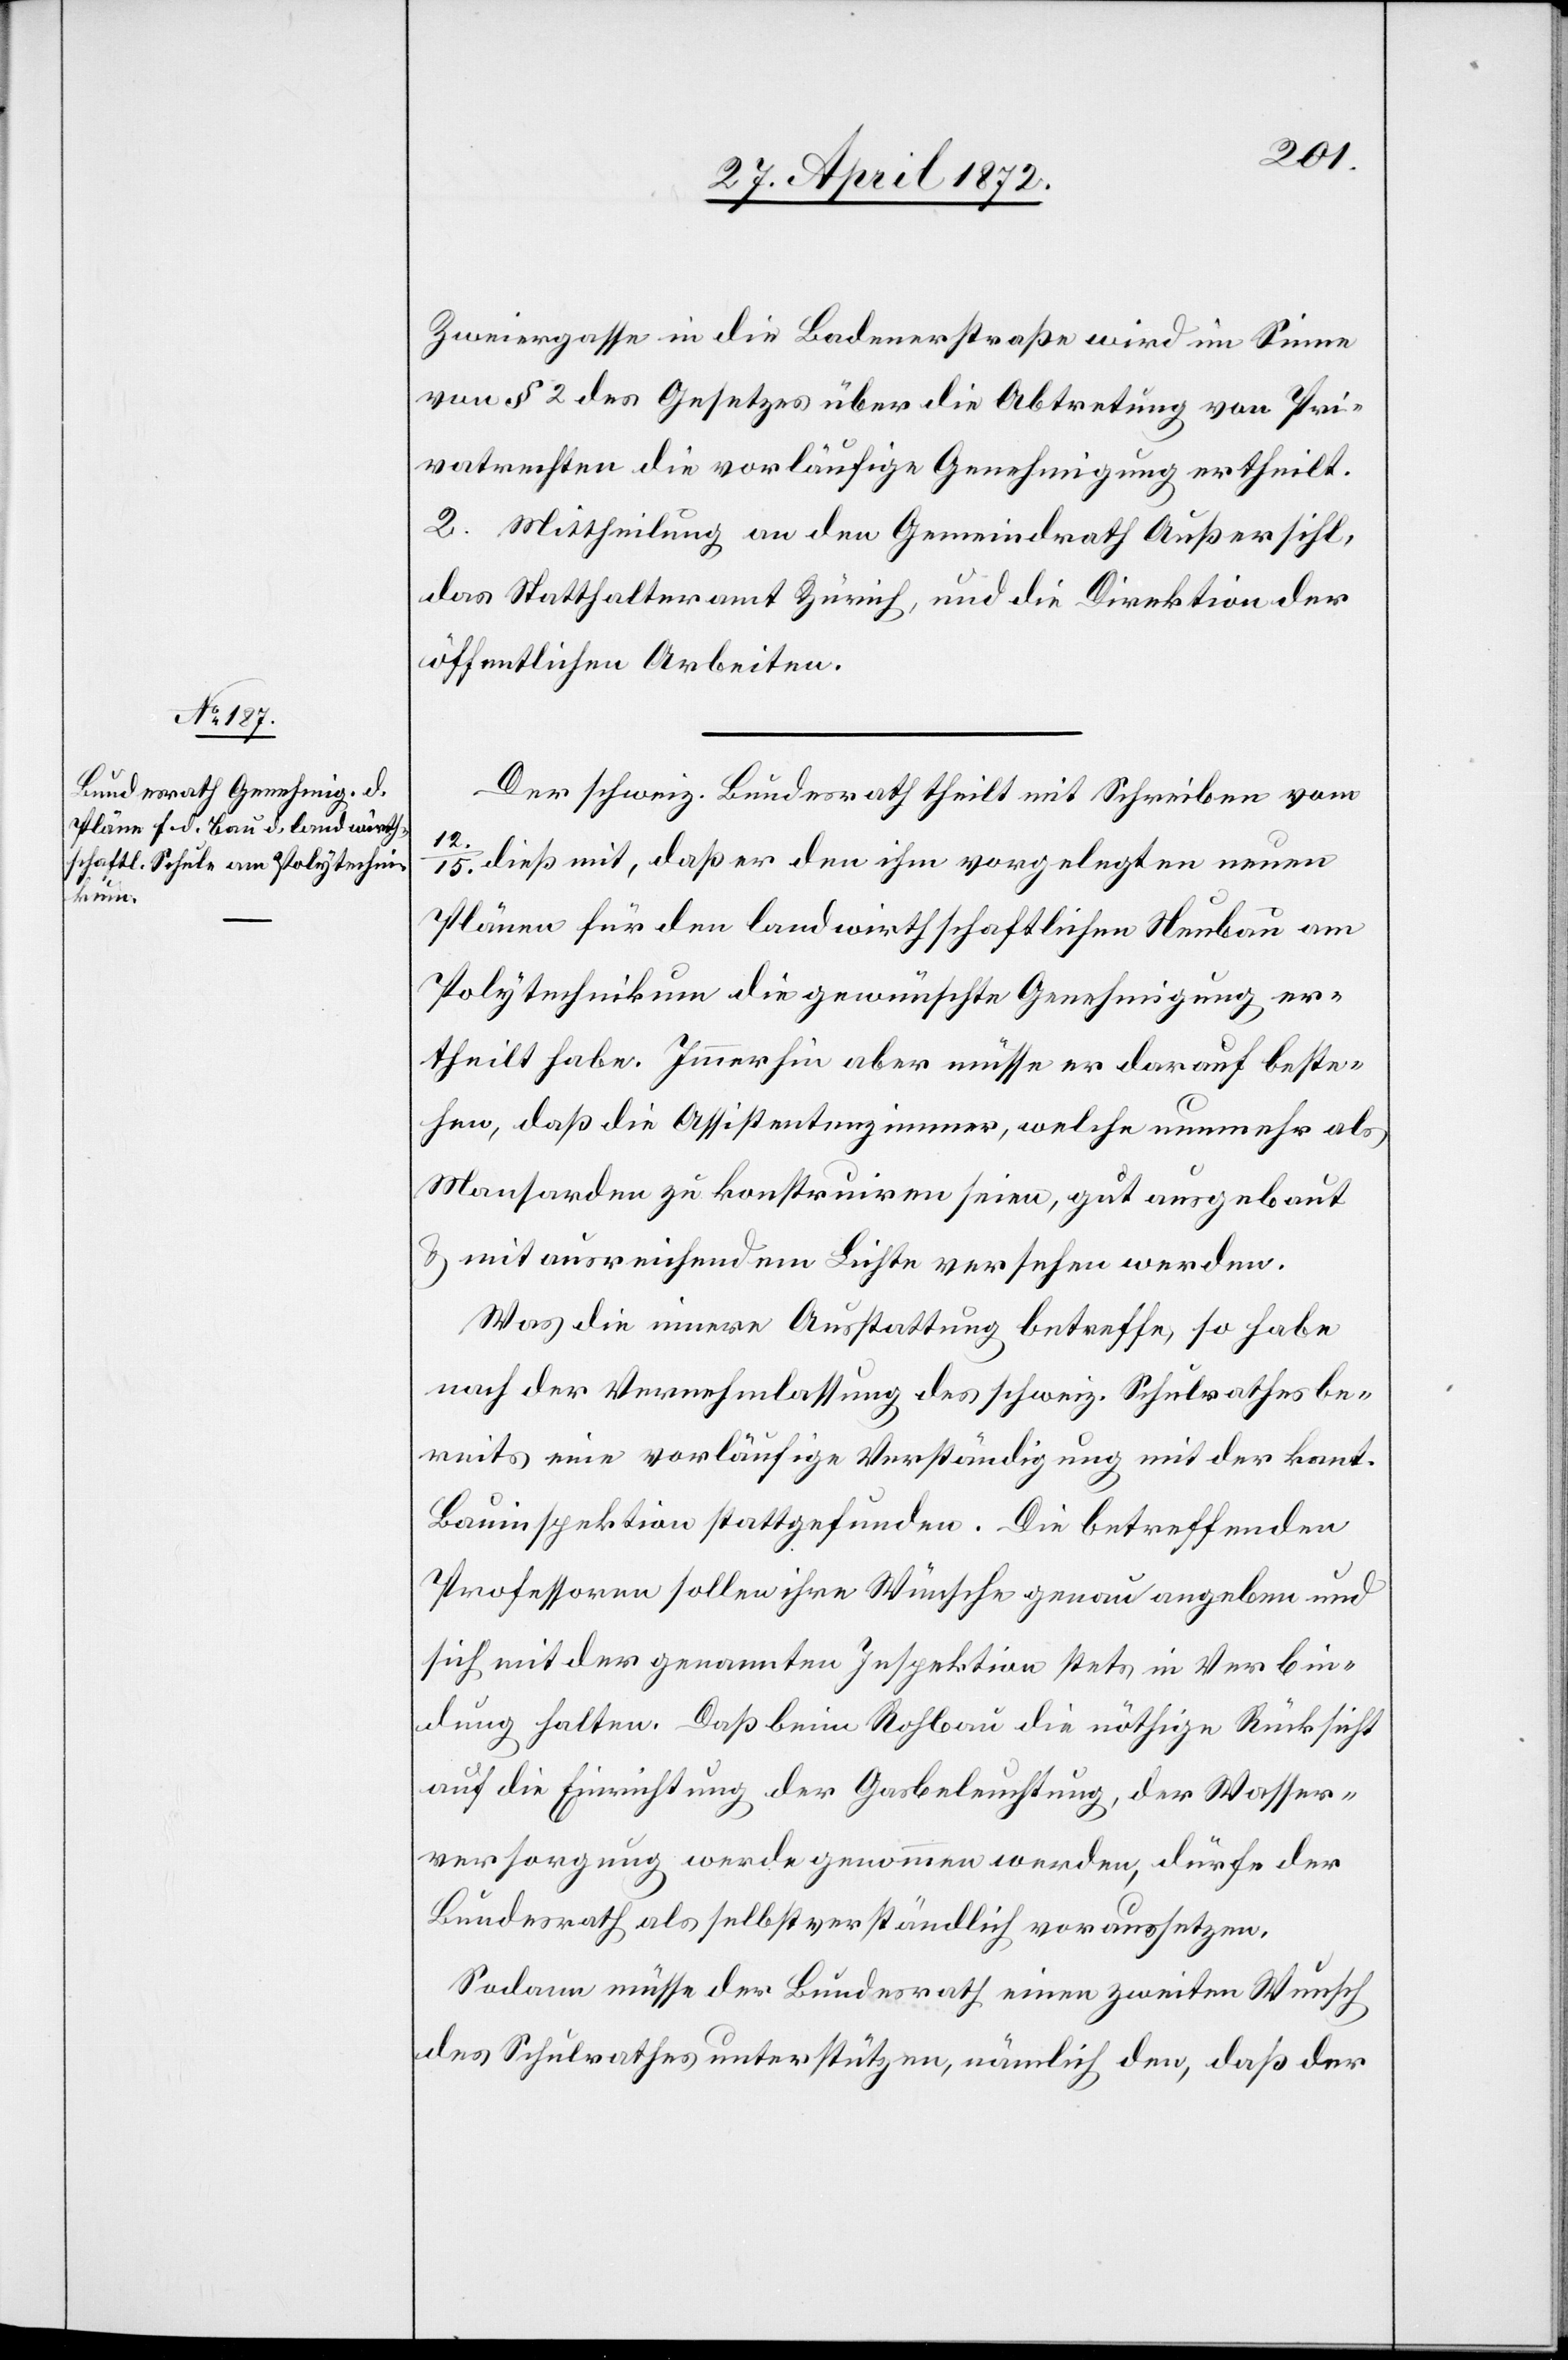
12./15.
Zwiergasse in die Badenerstraße wird im Sinne
von § 2 des Gesetzes über die Abtretung von Pri¬
vatrechten die vorläufige Genehmigung ertheilt.
2. Mittheilung an den Gemeindrath Außersihl,
das Statthalteramt Zürich, und die Direktion der
öffentlichen Arbeiten.
Der schweiz. Bundesrath theilt mit Schreiben vom
dieß mit, daß er den ihm vorgelegten neuen
Plänen für den landwirthschaftlichen Neubau am
Polytechnikum die gewünschte Genehmigung er¬
theilt habe. Immerhin aber müsse er darauf beste¬
hen, daß die Assistentenzimmer, welche nunmehr als
Mansarden zu konstruiren seien, gut ausgebaut
u. mit ausreichendem Lichte versehen werden.
Was die innere Ausstattung betreffe, so habe
nach der Vernehmlassung des schweiz. Schulrathes be¬
reits eine vorläufige Verständigung mit der kant.
Bauinspektion stattgefunden. Die betreffenden
Professoren sollen ihre Wünsche genau angeben und
sich mit der genannten Inspektion stets in Verbin¬
dung halten. Daß beim Rohbau die nöthige Rücksicht
auf die Einrichtung der Gasbeleuchtung, der Wasser¬
versorgung werde genommen werden [sic!], dürfe der
Bundesrath als selbstverständlich voraussetzen.
Sodann müsse der Bundesrath einen zweiten Wunsch
des Schulrathes unterstützen, nämlich den, daß der